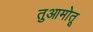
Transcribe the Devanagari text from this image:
तुआमोतू